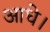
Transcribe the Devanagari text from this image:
आधे।